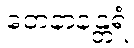
တေနာနန္တရံ